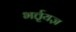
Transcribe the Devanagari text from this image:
भर्त्तृयज्ञ